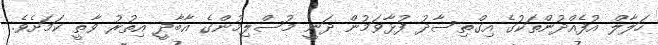
ހަލާލް އުފެއްދުންތަކުގެ އިގްތިސާދު ފުޅާވަމުން ދަނީ މުސްލިމުންގެ އާބާދީ އިތުރު ވާތީ ކަމަށެވެ.